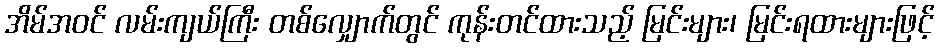
အိမ်အဝင် လမ်းကျယ်ကြီး တစ်လျှောက်တွင် ကုန်းတင်ထားသည့် မြင်းများ၊ မြင်းရထားများဖြင့်